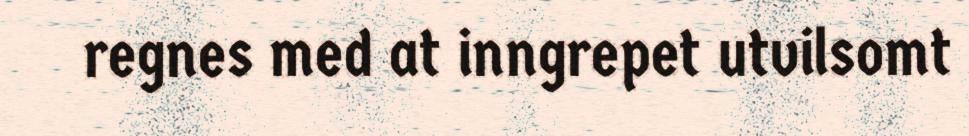
regnes med at inngrepet utvilsomt